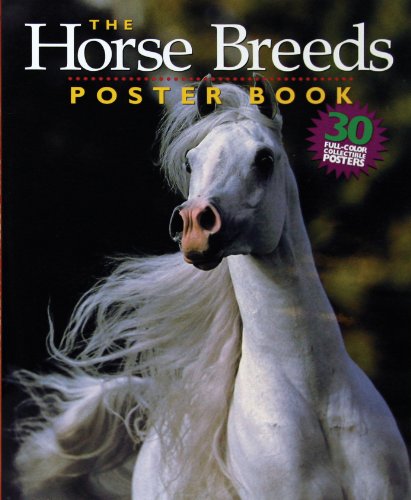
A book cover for The Horse Breeds Poster Book; Bob Langrish; Children's Books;